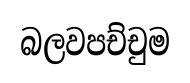
බලවපච්චුම